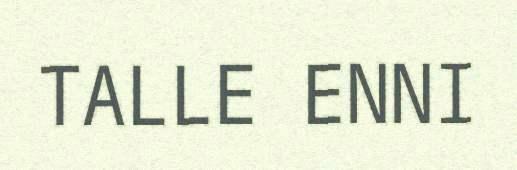
TALLE ENNI